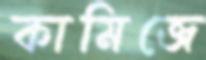
কামিজে